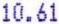
10.61